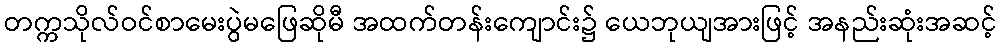
တက္ကသိုလ်ဝင်စာမေးပွဲမဖြေဆိုမီ အထက်တန်းကျောင်း၌ ယေဘုယျအားဖြင့် အနည်းဆုံးအဆင့်